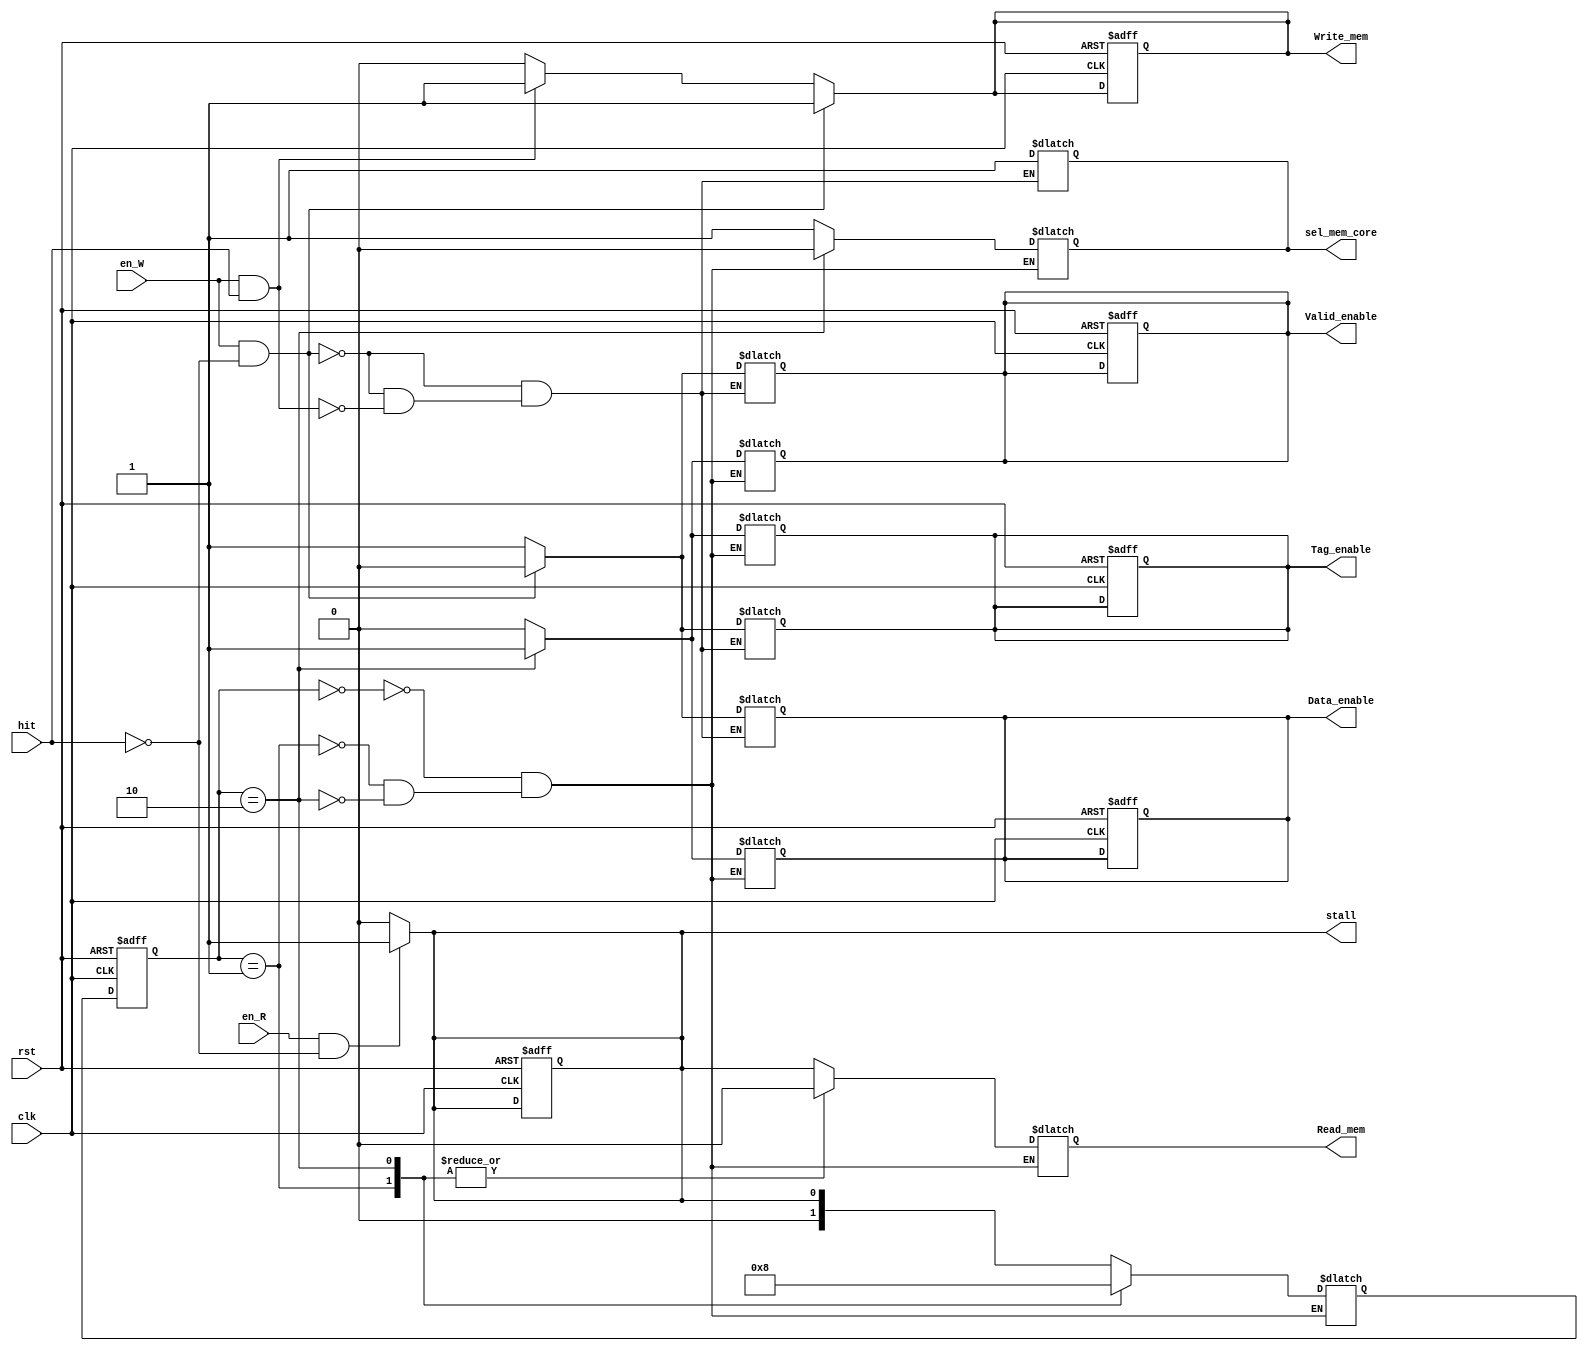
// Cache Control

module Cache_Control ( 
					   clk,
					   rst,
					   // input
					   en_R,
					   en_W,
					   hit,
					   // output
					   Read_mem,
					   Write_mem,
					   Valid_enable,
					   Tag_enable,
					   Data_enable,
					   sel_mem_core,
					   stall
					   );
	
	input clk, rst;
	input en_R;
	input en_W;
    	input hit;
	
	output Read_mem;
	output Write_mem;
	output Valid_enable;
	output Tag_enable;
	output Data_enable;
	output sel_mem_core;		// 0 data from mem, 1 data from core
	output stall;
	
	// write your code here

	//write rst for all out!!

//------------------------------------------------FSM 1
	parameter R_idle = 2'b00 , R_wait=2'b01, R_Read_data = 2'b10;//State
	reg [1:0]cur_state1;
	reg [1:0]nextstate1;

	reg Valid_enable;
	reg Tag_enable;
	reg Data_enable;
	reg Read_mem;
	reg stall;
	reg sel_mem_core;	
	reg Write_mem;

	always @(posedge clk or posedge rst)
	begin
		if(rst==1)	
		begin 
		Write_mem =0;
		stall=0;
		Valid_enable=0;
		Tag_enable=0;
		Data_enable=0;	
		cur_state1<=R_idle;
		end
		else		cur_state1 = nextstate1;
	end
	
	always@(cur_state1 or en_R or hit)
	begin
	case(cur_state1)
		R_idle:begin
			if( en_R==1'b1 && hit==1'b0 )//Read Miss
				begin
				nextstate1=R_wait;
				Read_mem=1;
				end
			else 
			begin 
			nextstate1 = R_idle;
			Read_mem=0;
			 end
		end

		R_wait:begin
			nextstate1 = R_Read_data;
			Read_mem=0;
		end
		
		R_Read_data:begin
			nextstate1 = R_idle;
			Read_mem=0;
		end
	endcase
	end

	always @(cur_state1)
	begin
	case(cur_state1)

		R_idle:begin
			Valid_enable=0;
			Tag_enable=0;
			Data_enable=0;	
			sel_mem_core=1;
		end
		R_wait:begin
			Valid_enable=0;
			Tag_enable=0;
			Data_enable=0;
			sel_mem_core=1;
			
		end
		
		R_Read_data:begin
			Valid_enable=1;
			Tag_enable=1;
		   	Data_enable=1;
			sel_mem_core=0;	
		end
	endcase

	end
//---------------------------------------------
	always @(en_R or hit)// or posedge rst		if(rst) stall = 0;	else 
	begin
	if(en_R==1'b1&&hit==1'b0)stall=1;
	else stall=0;	
	end
//--------------------------------------------

always @ (en_W or hit)
begin

if(en_W == 1'b1 && hit ==1'b0 )//write miss =>only write to memory
	begin	
	Write_mem=1;
	Valid_enable=0;
	Tag_enable=0;
	Data_enable=0;	
	sel_mem_core=1;		//data from core
	end
else if(en_W == 1'b1 && hit ==1'b1 )//write hit => write both cache and memory
	begin
	Write_mem=1;
	Valid_enable=1;
	Tag_enable=1;
	Data_enable=1;
	sel_mem_core=1;		//data from core
	end
else
begin 
Write_mem=0;

end

end

endmodule